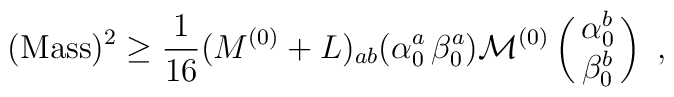
({\rm Mass})^2 \geq {1\over 16} (M^{(0)} + L)_{ab} (\alpha_0^a \, \beta_0^a){\cal M}^{(0)} \left(\matrix{\alpha_0^b\cr \beta_0^b}\right) ~,